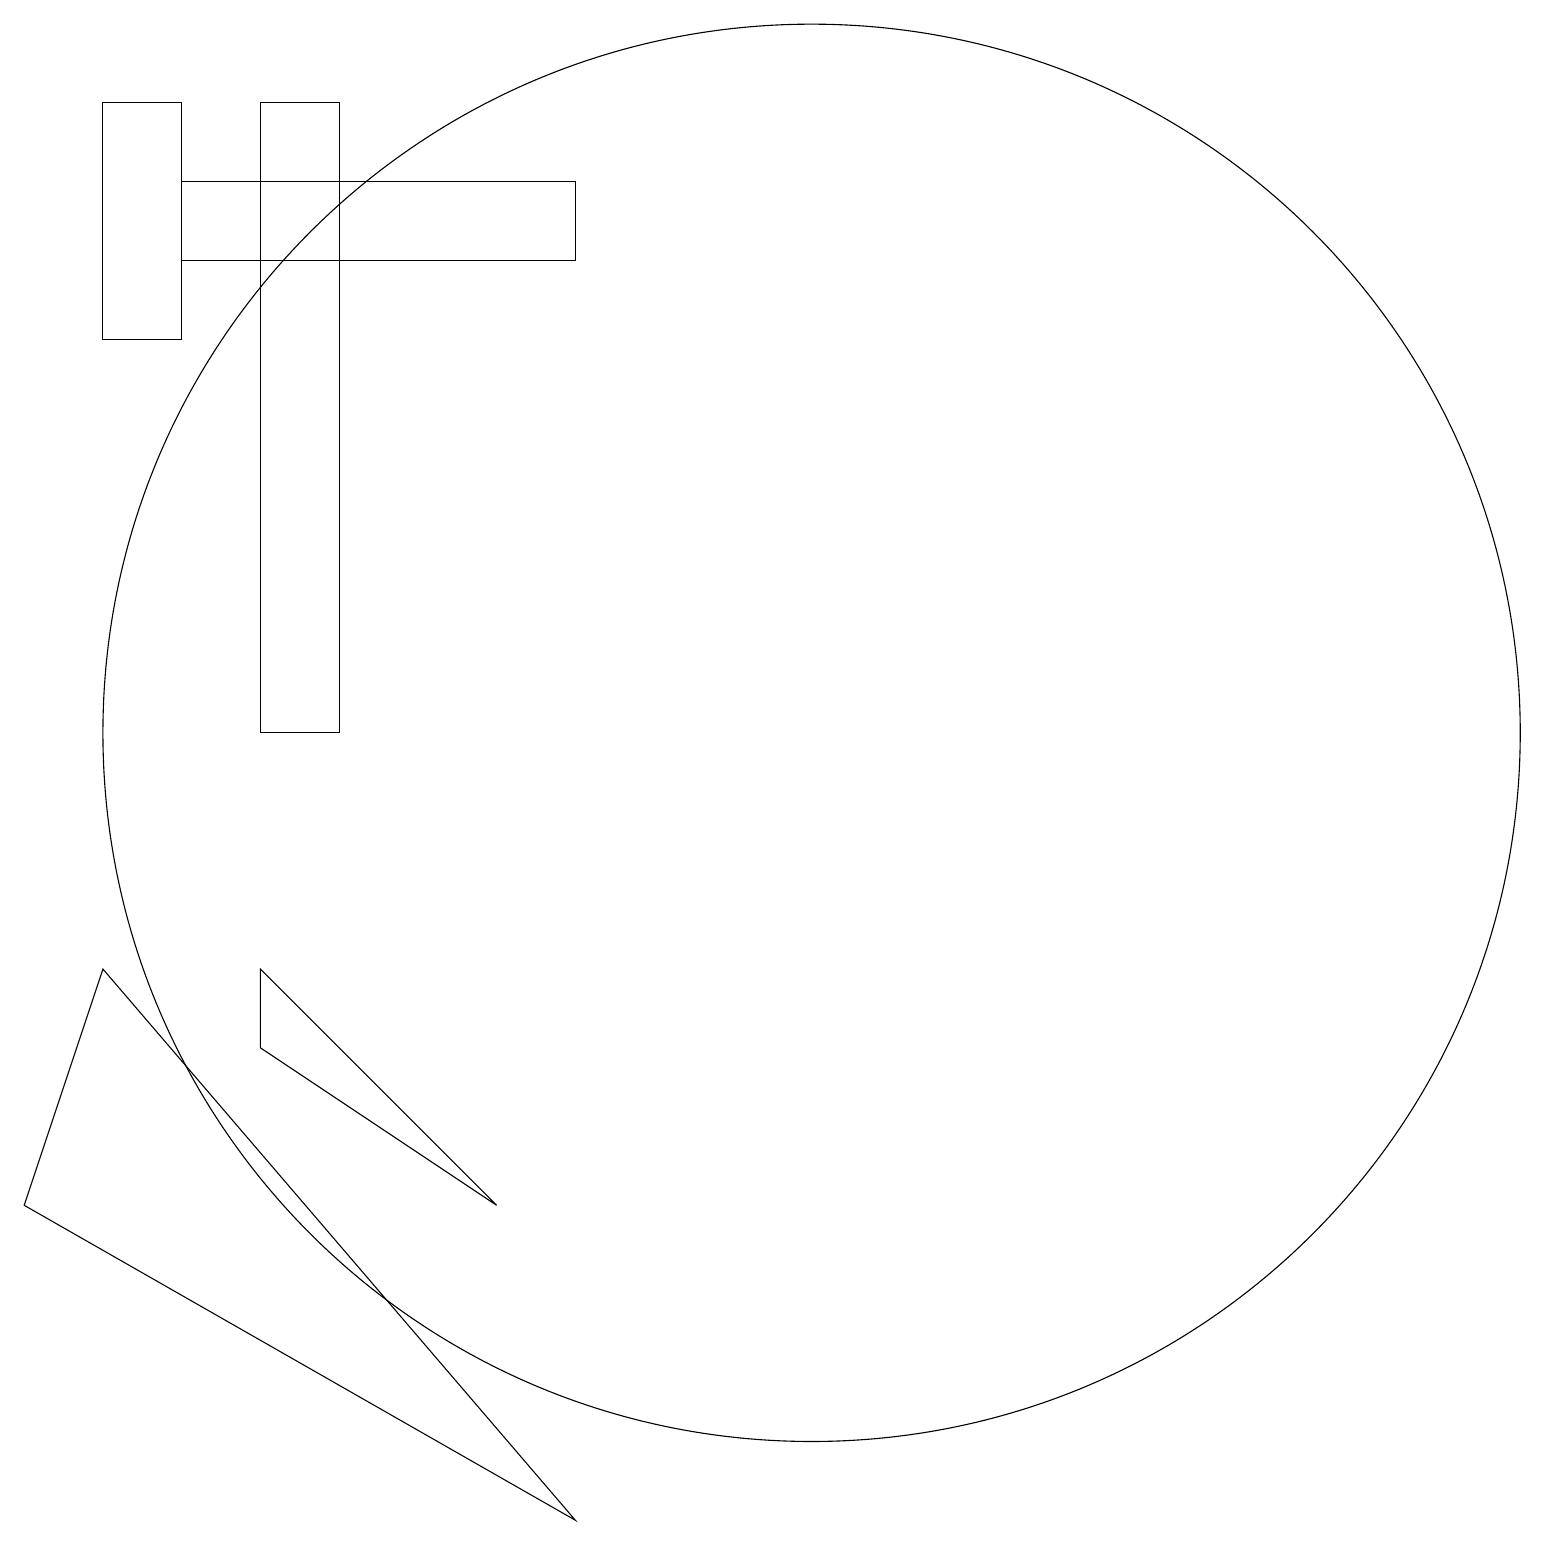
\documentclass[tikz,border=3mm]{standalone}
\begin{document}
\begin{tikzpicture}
\draw (4,17) rectangle (9,16);
\draw (4,15) rectangle (3,18);
\draw (5,6) -- (8,4) -- (5,7) -- cycle;
\draw (12,10) circle (9);
\draw (9,0) -- (3,7) -- (2,4) -- cycle;
\draw (5,18) rectangle (6,10);
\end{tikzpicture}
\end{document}